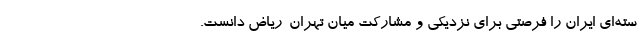
سته‌ای ایران را فرصتی برای نزدیکی و مشارکت میان تهران-ریاض دانست.